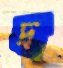
দ্র